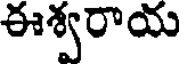
ఈశ్వరాయ